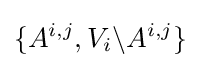
\{A^{i,j},V_{i}\backslash A^{i,j}\}